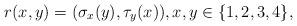
LaTeX: \begin{align*}r(x,y)=(\sigma_x(y),\tau_y(x)),x,y\in\{1,2,3,4\},\end{align*}